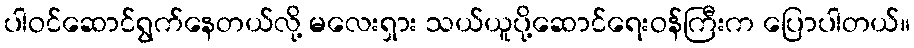
ပါဝင်ဆောင်ရွက်နေတယ်လို့ မလေးရှား သယ်ယူပို့ဆောင်ရေးဝန်ကြီးက ပြောပါတယ်။